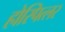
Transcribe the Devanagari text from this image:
होस्पित्लर